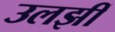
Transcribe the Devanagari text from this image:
उलझीं